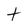
Character: t